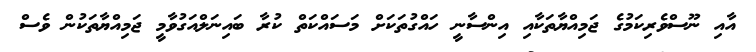
އާއި ނޫސްވެރިކަމުގެ ޖަމިއްޔާތަކާއި އިންސާނީ ހައްގުތަކަށް މަސައްކަތް ކުރާ ބައިނަލްއަގުވާމީ ޖަމިއްޔާތަކުން ވެސް